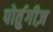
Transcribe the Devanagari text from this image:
पोर्तुगीज़